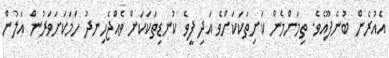
އެއުރެން ބުނެފޫއެވެ. ތިމަންމެން ކަށިތަކަކަށްވެ އަދި ފީވެ ކުނޑިތަކަކަށް ވެއްޖެހިނދު ހަމަކަށަވަރުން އަލުން